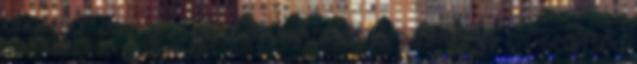
ahol idő energia pénz szűke miatt jól jönne egy kis segítség